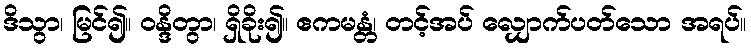
ဒိသွာ၊ မြင်၍။ ဝန္ဒိတွာ၊ ရှိခိုး၍။ ဧကမန္တံ၊ တင့်အပ် လျှောက်ပတ်သော အရပ်။